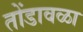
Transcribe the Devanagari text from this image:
तोंडावळा